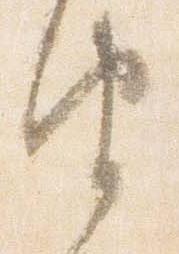
由